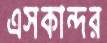
এসকান্দর